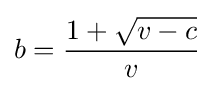
b={\frac {1+{\sqrt {v-c}}}{v}}